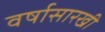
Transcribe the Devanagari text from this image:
वर्षासारखी